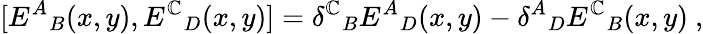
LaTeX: [{E^{A}}_{B}(x,y),{E^{\mathbb{C}}}_{D}(x,y)]={\delta^{\mathbb{C}}}_{B}{E^{A}}_{D}(x,y)-{\delta^{A}}_{D}{E^{\mathbb{C}}}_{B}(x,y)\ ,